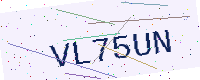
Text: VL75UN